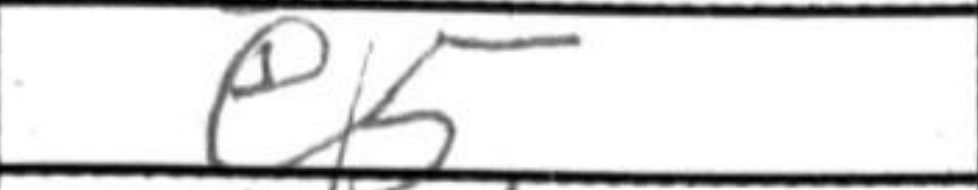
Transcription: e5